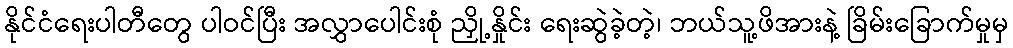
နိုင်ငံရေးပါတီတွေ ပါဝင်ပြီး အလွှာပေါင်းစုံ ညှို့နှိုင်း ရေးဆွဲခဲ့တဲ့၊ ဘယ်သူ့ဖိအားနဲ့ ခြိမ်းခြောက်မှုမှ